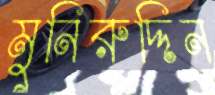
মুনিরুদ্দিন